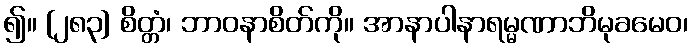
၍။ [၂၈၃] စိတ္တံ၊ ဘာဝနာစိတ်ကို။ အာနာပါနာရမ္မဏာဘိမုခမေဝ၊